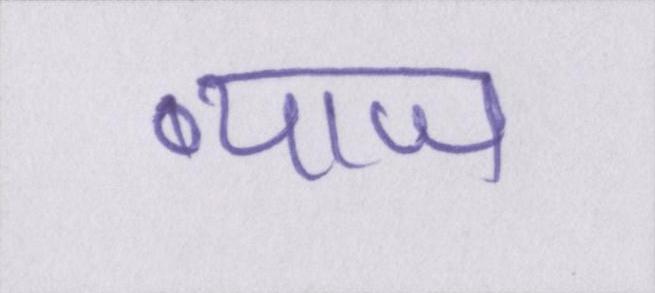
ब्याज